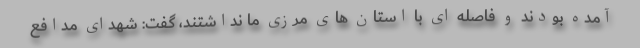
آمده بودند و فاصله ای با استان های مرزی ما نداشتند، گفت: شهدای مدافع